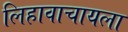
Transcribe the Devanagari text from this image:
लिहावाचायला